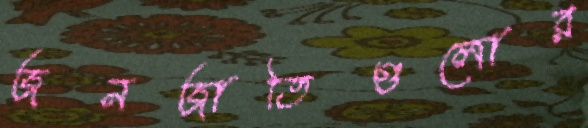
জনজাতিগুলোর